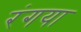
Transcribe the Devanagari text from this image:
रंगया